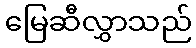
မြေဆီလွှာသည်